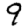
Digit: 9